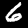
Digit: 6